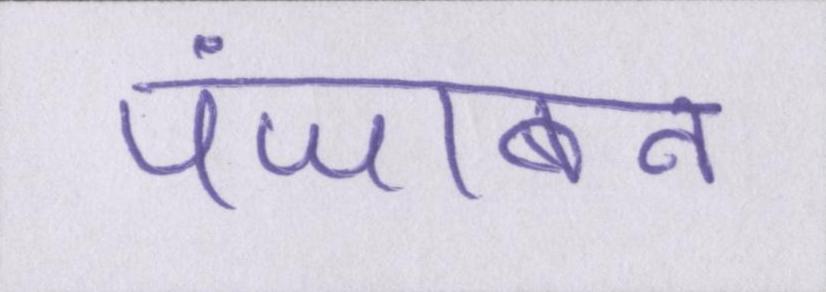
पंजाबन